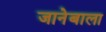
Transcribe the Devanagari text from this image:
जानेबाला